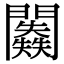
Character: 𨷥